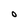
Character: O